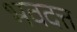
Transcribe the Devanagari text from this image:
भवदत्त